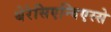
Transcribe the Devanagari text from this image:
थेरेसिएन्विएस्से